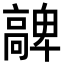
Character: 𩫝